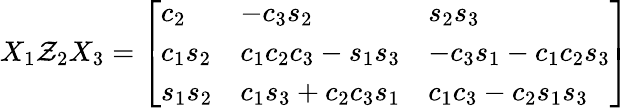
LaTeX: X_{1}\mathcal{Z}_{2}X_{3}={\left[\begin{array}{lll}{c_{2}}&{-c_{3}s_{2}}&{s_{2}s_{3}}\\ {c_{1}s_{2}}&{c_{1}c_{2}c_{3}-s_{1}s_{3}}&{-c_{3}s_{1}-c_{1}c_{2}s_{3}}\\ {s_{1}s_{2}}&{c_{1}s_{3}+c_{2}c_{3}s_{1}}&{c_{1}c_{3}-c_{2}s_{1}s_{3}}\end{array}\right]}